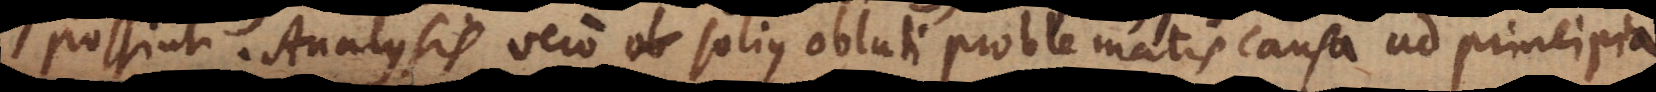
possint. Analysis vero solius oblati problematis causa ad principia